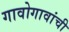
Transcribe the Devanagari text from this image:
गावोगावांची